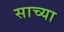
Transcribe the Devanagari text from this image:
साच्या